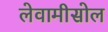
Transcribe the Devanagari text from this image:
लेवामीसोल